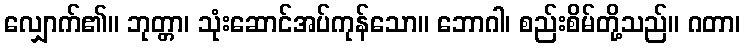
လျှောက်၏။ ဘုတ္တာ၊ သုံးဆောင်အပ်ကုန်သော။ ဘောဂါ၊ စည်းစိမ်တို့သည်။ ဂတာ၊